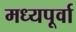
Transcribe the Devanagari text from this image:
मध्यपूर्वा